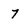
Character: 7